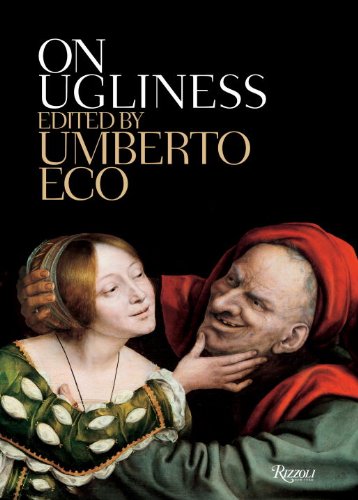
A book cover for On Ugliness; Umberto Eco; Politics & Social Sciences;